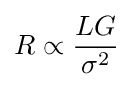
R\propto {\frac {LG}{\sigma ^{2}}}